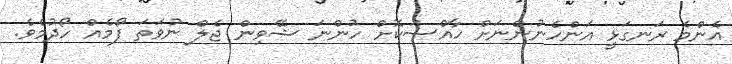
އެންމެ ރަނގަޅީ އަންހެނުންނަށް ހާއްސަކޮށް ހުންނަ ޝޭވިން ޖެލް ނުވަތަ ފޯމެއް ހޯދުމެވެ.